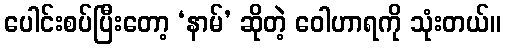
ပေါင်းစပ်ပြီးတော့ ‘နာမ်’ ဆိုတဲ့ ဝေါဟာရကို သုံးတယ်။